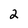
Character: 2